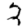
Digit: 2